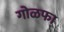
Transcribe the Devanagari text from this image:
गोळफा